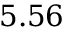
5 . 5 6